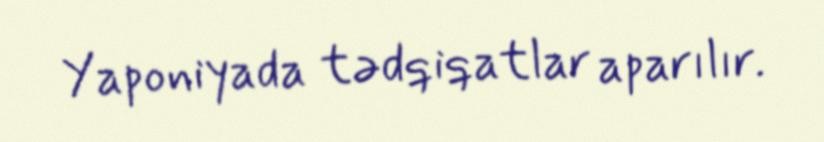
Yaponiyada tədqiqatlar aparılır.